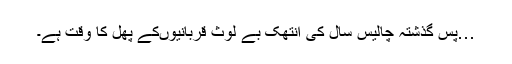
…پس گذشتہ چالیس سال کی انتھک بے لوث قربانیوںکے پھل کا وقت ہے۔